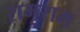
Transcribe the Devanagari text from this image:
रामुराम